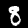
Label: 8